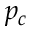
p _ { c }